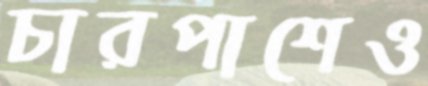
চারপাশেও